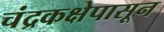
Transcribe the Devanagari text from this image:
चंद्रकक्षेपासून